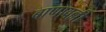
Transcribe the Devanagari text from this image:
बाणावल्ली